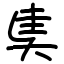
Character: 奊